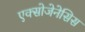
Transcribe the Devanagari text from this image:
एक्सोजेनेसिस